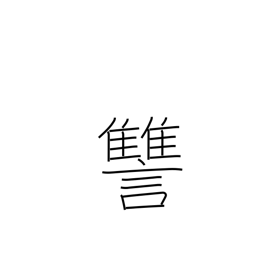
Meaning: revenge